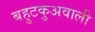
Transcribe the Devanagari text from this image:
बहुटकुअवाली